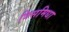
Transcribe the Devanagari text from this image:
त्रिसमिधा